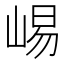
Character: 𫶁